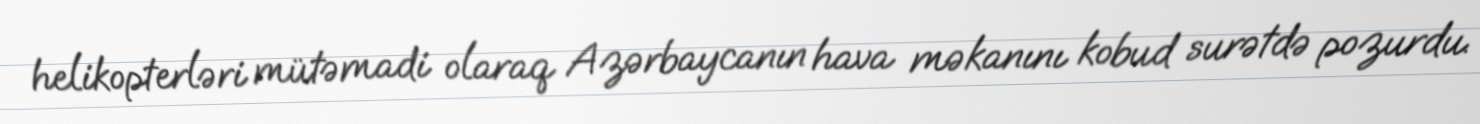
helikopterləri mütəmadi olaraq Azərbaycanın hava məkanını kobud surətdə pozurdu.